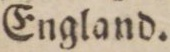
England.